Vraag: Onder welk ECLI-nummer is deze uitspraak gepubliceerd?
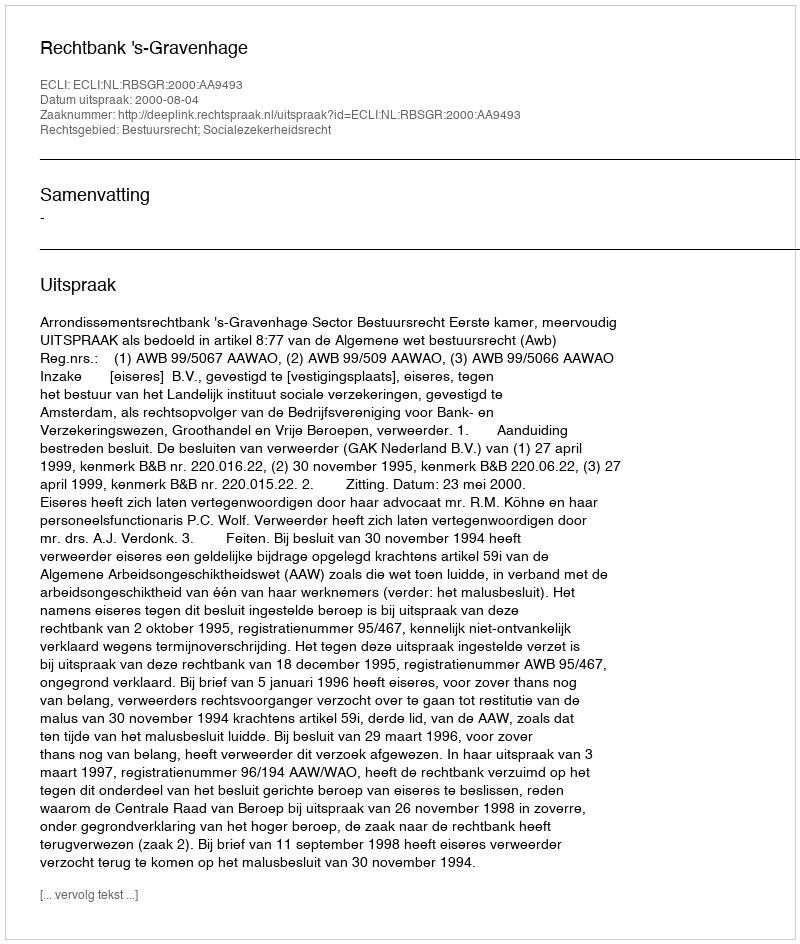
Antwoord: ECLI:NL:RBSGR:2000:AA9493